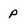
Character: P